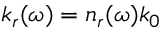
k _ { r } ( \omega ) = n _ { r } ( \omega ) k _ { 0 }